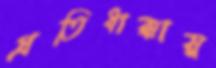
প্রতিধাক্কায়